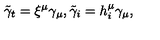
\tilde { \gamma } _ { t } = \xi ^ { \mu } \gamma _ { \mu } , \tilde { \gamma } _ { i } = h _ { i } ^ { \mu } \gamma _ { \mu } ,